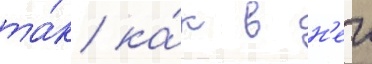
та́к ка́к в н'еи